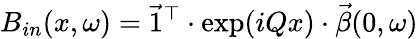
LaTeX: B_{in}(x,\omega)=\vec{1}^{\top}\cdot\exp(iQx)\cdot\vec{\beta}(0,\omega)